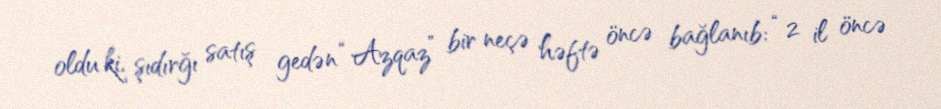
oldu ki, şıdırğı satış gedən “Azqaz” bir neçə həftə öncə bağlanıb: “2 il öncə